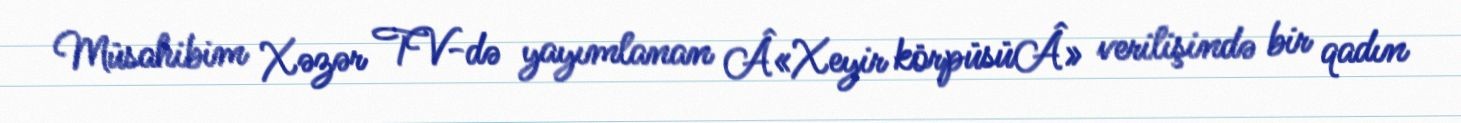
Müsahibim Xəzər TV-də yayımlanan Â«Xeyir körpüsüÂ» verilişində bir qadın